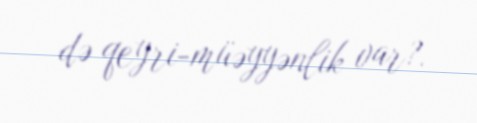
də qeyri-müəyyənlik var?.